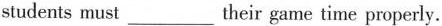
students must ___ their game time properly.